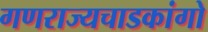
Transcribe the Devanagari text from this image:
गणराज्यचाडकांगो